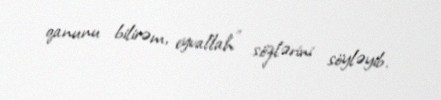
qanunu bilirəm, eyvallah" sözlərini söyləyib.